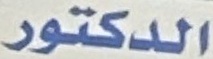
الدكتور